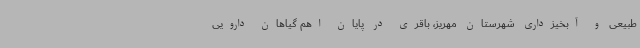
طبیعی و آبخیزداری شهرستان مهریز، باقری در پایان اهم گیاهان دارویی